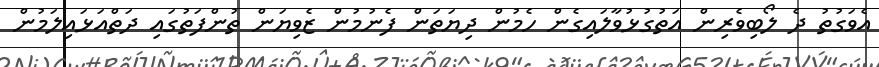
އެވަގުތު ދެ ލޯބިވެރިން އަތުގުޅުވާލައިގެން ހެމުން ދިޔަތަން ފެނުމުން ޒެވިޔަން ތުންފަތުގައި ދަތްއަޅައިލަމުން